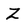
Character: Z